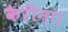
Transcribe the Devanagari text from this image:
कैरीना।